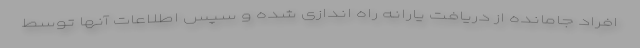
افراد جامانده از دریافت یارانه راه اندازی شده و سپس اطلاعات آنها توسط